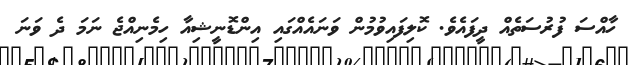
ހާއްސަ ފުރުސަތެއް ދީފައެވެ. ކޮލިފައިވުމުން ވަނައެއްގައި އިންޑޮނީޝިއާ ހިމެނިއްޖެ ނަމަ ދެ ވަނަ